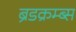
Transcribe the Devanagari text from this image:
ब्रेडक्रम्ब्स